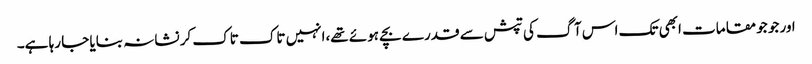
اور جو جو مقامات ابھی تک اس آگ کی تپش سے قدرے بچے ہوئے تھے،انہیں تاک تاک کر نشانہ بنایا جا رہا ہے۔